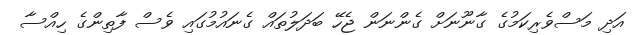
އަދި މަސްވެރިކަމުގެ ގާނޫނަށް ގެންނަން ޖެހޭ ބަދަލުތައް ގެނައުމުގައި ވެސް ފާތިންގެ ހިއްސާ